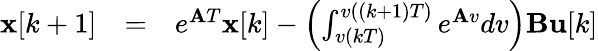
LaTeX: \begin{array}{lll}{\mathbf{x}[k+1]}&{=}&{e^{\mathbf{A}T}\mathbf{x}[k]-\left(\int_{v(kT)}^{v((k+1)T)}e^{\mathbf{A}v}dv\right)\mathbf{B}\mathbf{u}[k]}\end{array}